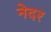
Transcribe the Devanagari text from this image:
नेदर